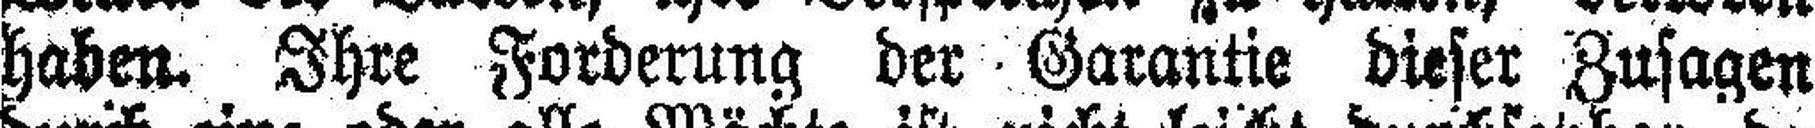
haben. Ihre Forderung der Garantie dieser Zusagen